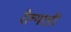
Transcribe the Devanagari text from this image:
रेल्गाडी